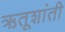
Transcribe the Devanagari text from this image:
ऋतूशांती